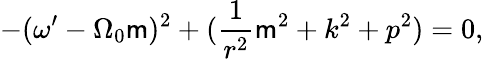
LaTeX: -(\omega^{\prime}-\Omega_{0}\mathsf{m})^{2}+(\frac{{1}}{{r^{2}}}\mathsf{m}^{2}+k^{2}+p^{2})=0,